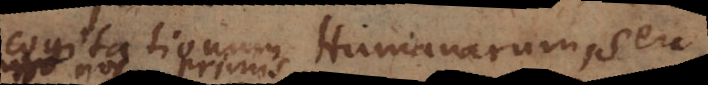
cogitationum Humanarum, seu